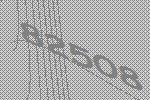
82508